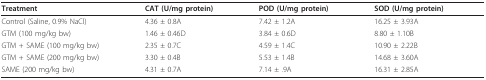
<table><thead><tr><td><b>Treatment</b></td><td><b>CAT (U/mg protein)</b></td><td><b>POD (U/mg protein)</b></td><td><b>SOD (U/mg protein)</b></td></tr></thead><tbody><tr><td>Control (Saline, 0.9% NaCl)</td><td>4.36 ± 0.8A</td><td>7.42 ± 1.2A</td><td>16.25 ± 3.93A</td></tr><tr><td>GTM (100 mg/kg bw)</td><td>1.46 ± 0.46D</td><td>3.84 ± 0.6D</td><td>8.80 ± 1.10B</td></tr><tr><td>GTM + SAME (100 mg/kg bw)</td><td>2.35 ± 0.7C</td><td>4.59 ± 1.4C</td><td>10.90 ± 2.22B</td></tr><tr><td>GTM + SAME (200 mg/kg bw)</td><td>3.30 ± 0.4B</td><td>5.53 ± 1.4B</td><td>14.68 ± 3.60A</td></tr><tr><td>SAME (200 mg/kg bw)</td><td>4.31 ± 0.7A</td><td>7.14 ± .9A</td><td>16.31 ± 2.85A</td></tr></tbody></table>